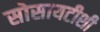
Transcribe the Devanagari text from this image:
सोसायटीशी